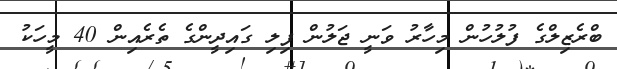
ބްރެޒިލްގެ ފުލުހުން މިހާރު ވަނީ ޖަލުން ފިލި ގައިދީންގެ ތެރެއިން 40 މީހަކު